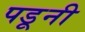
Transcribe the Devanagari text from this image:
पडूनी